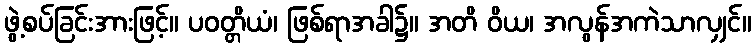
ဖွဲ့စပ်ခြင်းအားဖြင့်။ ပဝတ္တိယံ၊ ဖြစ်ရာအခါ၌။ အတိ ဝိယ၊ အလွန်အကဲသာလျှင်။